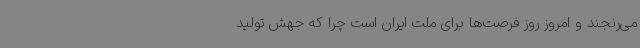
می‌رنجند و امروز روز فرصت‌ها برای ملت ایران است چرا که جهش تولید